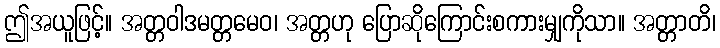
ဤအယူဖြင့်။ အတ္တဝါဒမတ္တမေဝ၊ အတ္တဟု ပြောဆိုကြောင်းစကားမျှကိုသာ။ အတ္တာတိ၊